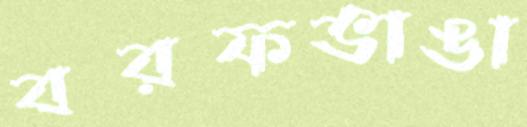
বরফভাঙা